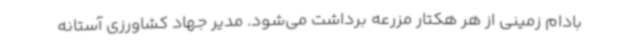
بادام زمینی از هر هکتار مزرعه برداشت می‌شود. مدیر جهاد کشاورزی آستانه